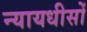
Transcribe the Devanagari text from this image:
न्यायधीसों